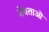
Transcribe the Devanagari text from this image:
देवताऒ